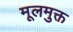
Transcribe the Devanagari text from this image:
मूलमुक्त